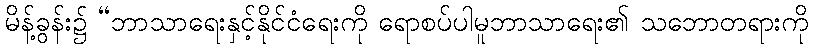
မိန့်ခွန်း၌ “ဘာသာရေးနှင့်နိုင်ငံရေးကို ရောစပ်ပါမူဘာသာရေး၏ သဘောတရားကို